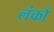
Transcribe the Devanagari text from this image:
लंकाँ